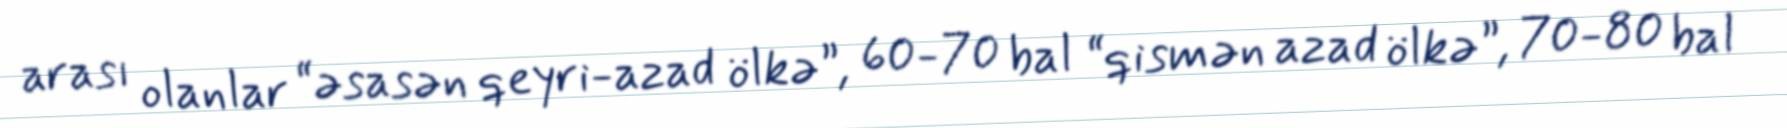
arası olanlar “əsasən qeyri-azad ölkə”, 60-70 bal “qismən azad ölkə”, 70-80 bal